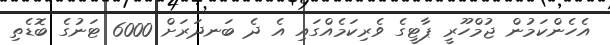
އެހެންކަމުން ޖުމްހޫރީ ޕާޓީގެ ވެރިކަމެއްގައި އެ ދެ ބަނދަރަށް 6000 ޓަނުގެ ބޮޑެތި